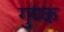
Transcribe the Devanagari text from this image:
गुण्क